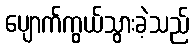
ပျောက်ကွယ်သွားခဲ့သည်